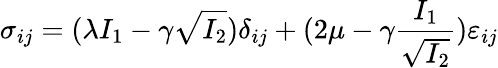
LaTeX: \sigma_{ij}=(\lambda I_{1}-\gamma\sqrt{I_{2}})\delta_{ij}+(2\mu-\gamma\frac{I_{1}}{\sqrt{I_{2}}})\varepsilon_{ij}